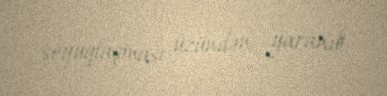
soyuqlaşması üzündən yaranıb.